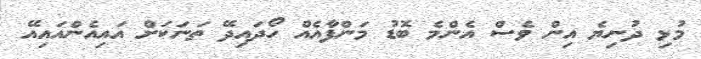
މުޅި ދުނިޔެ އިން ވެސް އެންމެ ބޮޑު މަންފާއެއް ހޯދައިދޭ ތަނަކަށް އައިއެންއައިއޭ